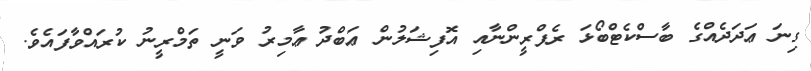
ގިނަ ޢަދަދެއްގެ ބާސްކެޓްބޯޅަ ރެފްރީންނާއި އޮފިޝަލުން ޢަބްދު ޢާމިރު ވަނީ ތަމްރީނު ކުރައްވާފައެވެ.